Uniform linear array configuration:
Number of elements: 12
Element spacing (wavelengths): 0.25
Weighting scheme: hamming
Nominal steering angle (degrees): -15
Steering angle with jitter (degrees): -15.12
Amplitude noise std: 0.05
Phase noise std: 0.05

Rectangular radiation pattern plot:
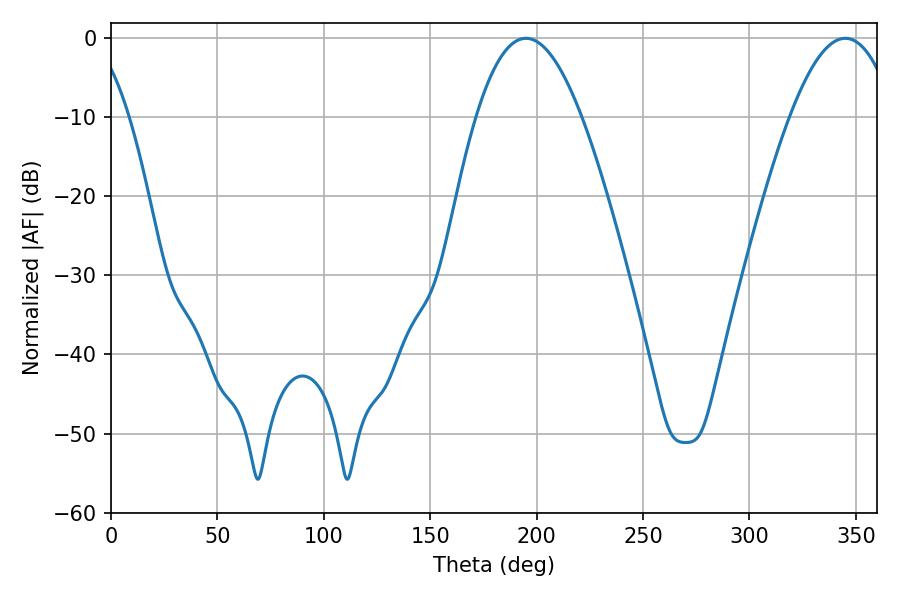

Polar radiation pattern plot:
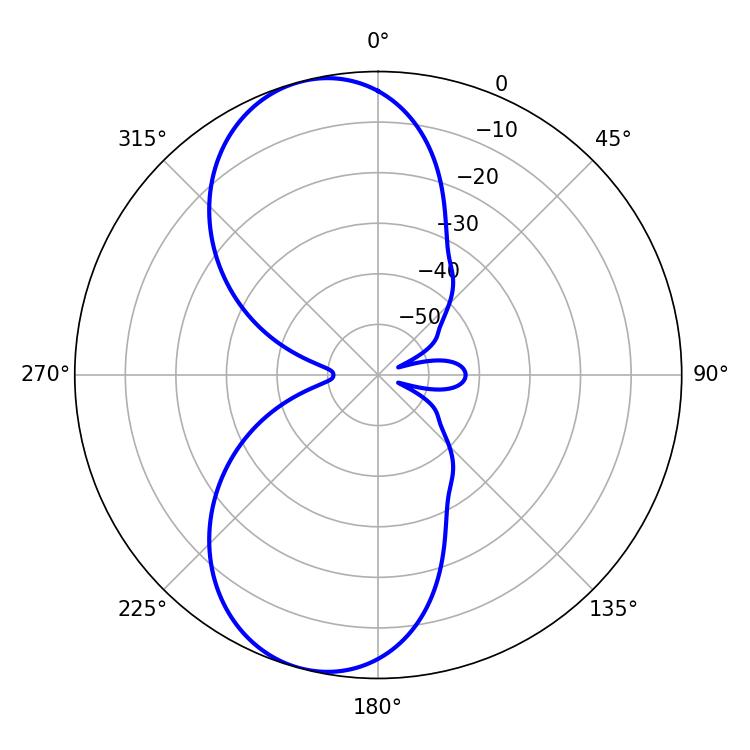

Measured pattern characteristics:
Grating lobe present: FALSE
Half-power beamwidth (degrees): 27.18
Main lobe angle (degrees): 194.94